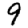
Digit: 9